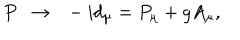
P \ \ \rightarrow \ \ - i d _ { \mu } = P _ { \mu } + g A _ { \mu } , \nonumber